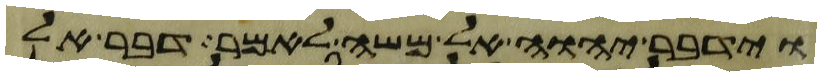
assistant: וידבר יהוה אל משה לאמר דבר אל